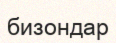
бизондар